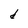
Character: d